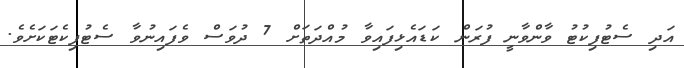
އަދި ސެޓުފިކުޓު ވާންވާނީ ފުރަން ކަޑައެޅިފައިވާ މުއްދަތަށް 7 ދުވަސް ވެފައިނުވާ ސެޓުފިކެޓަކަށެވެ.